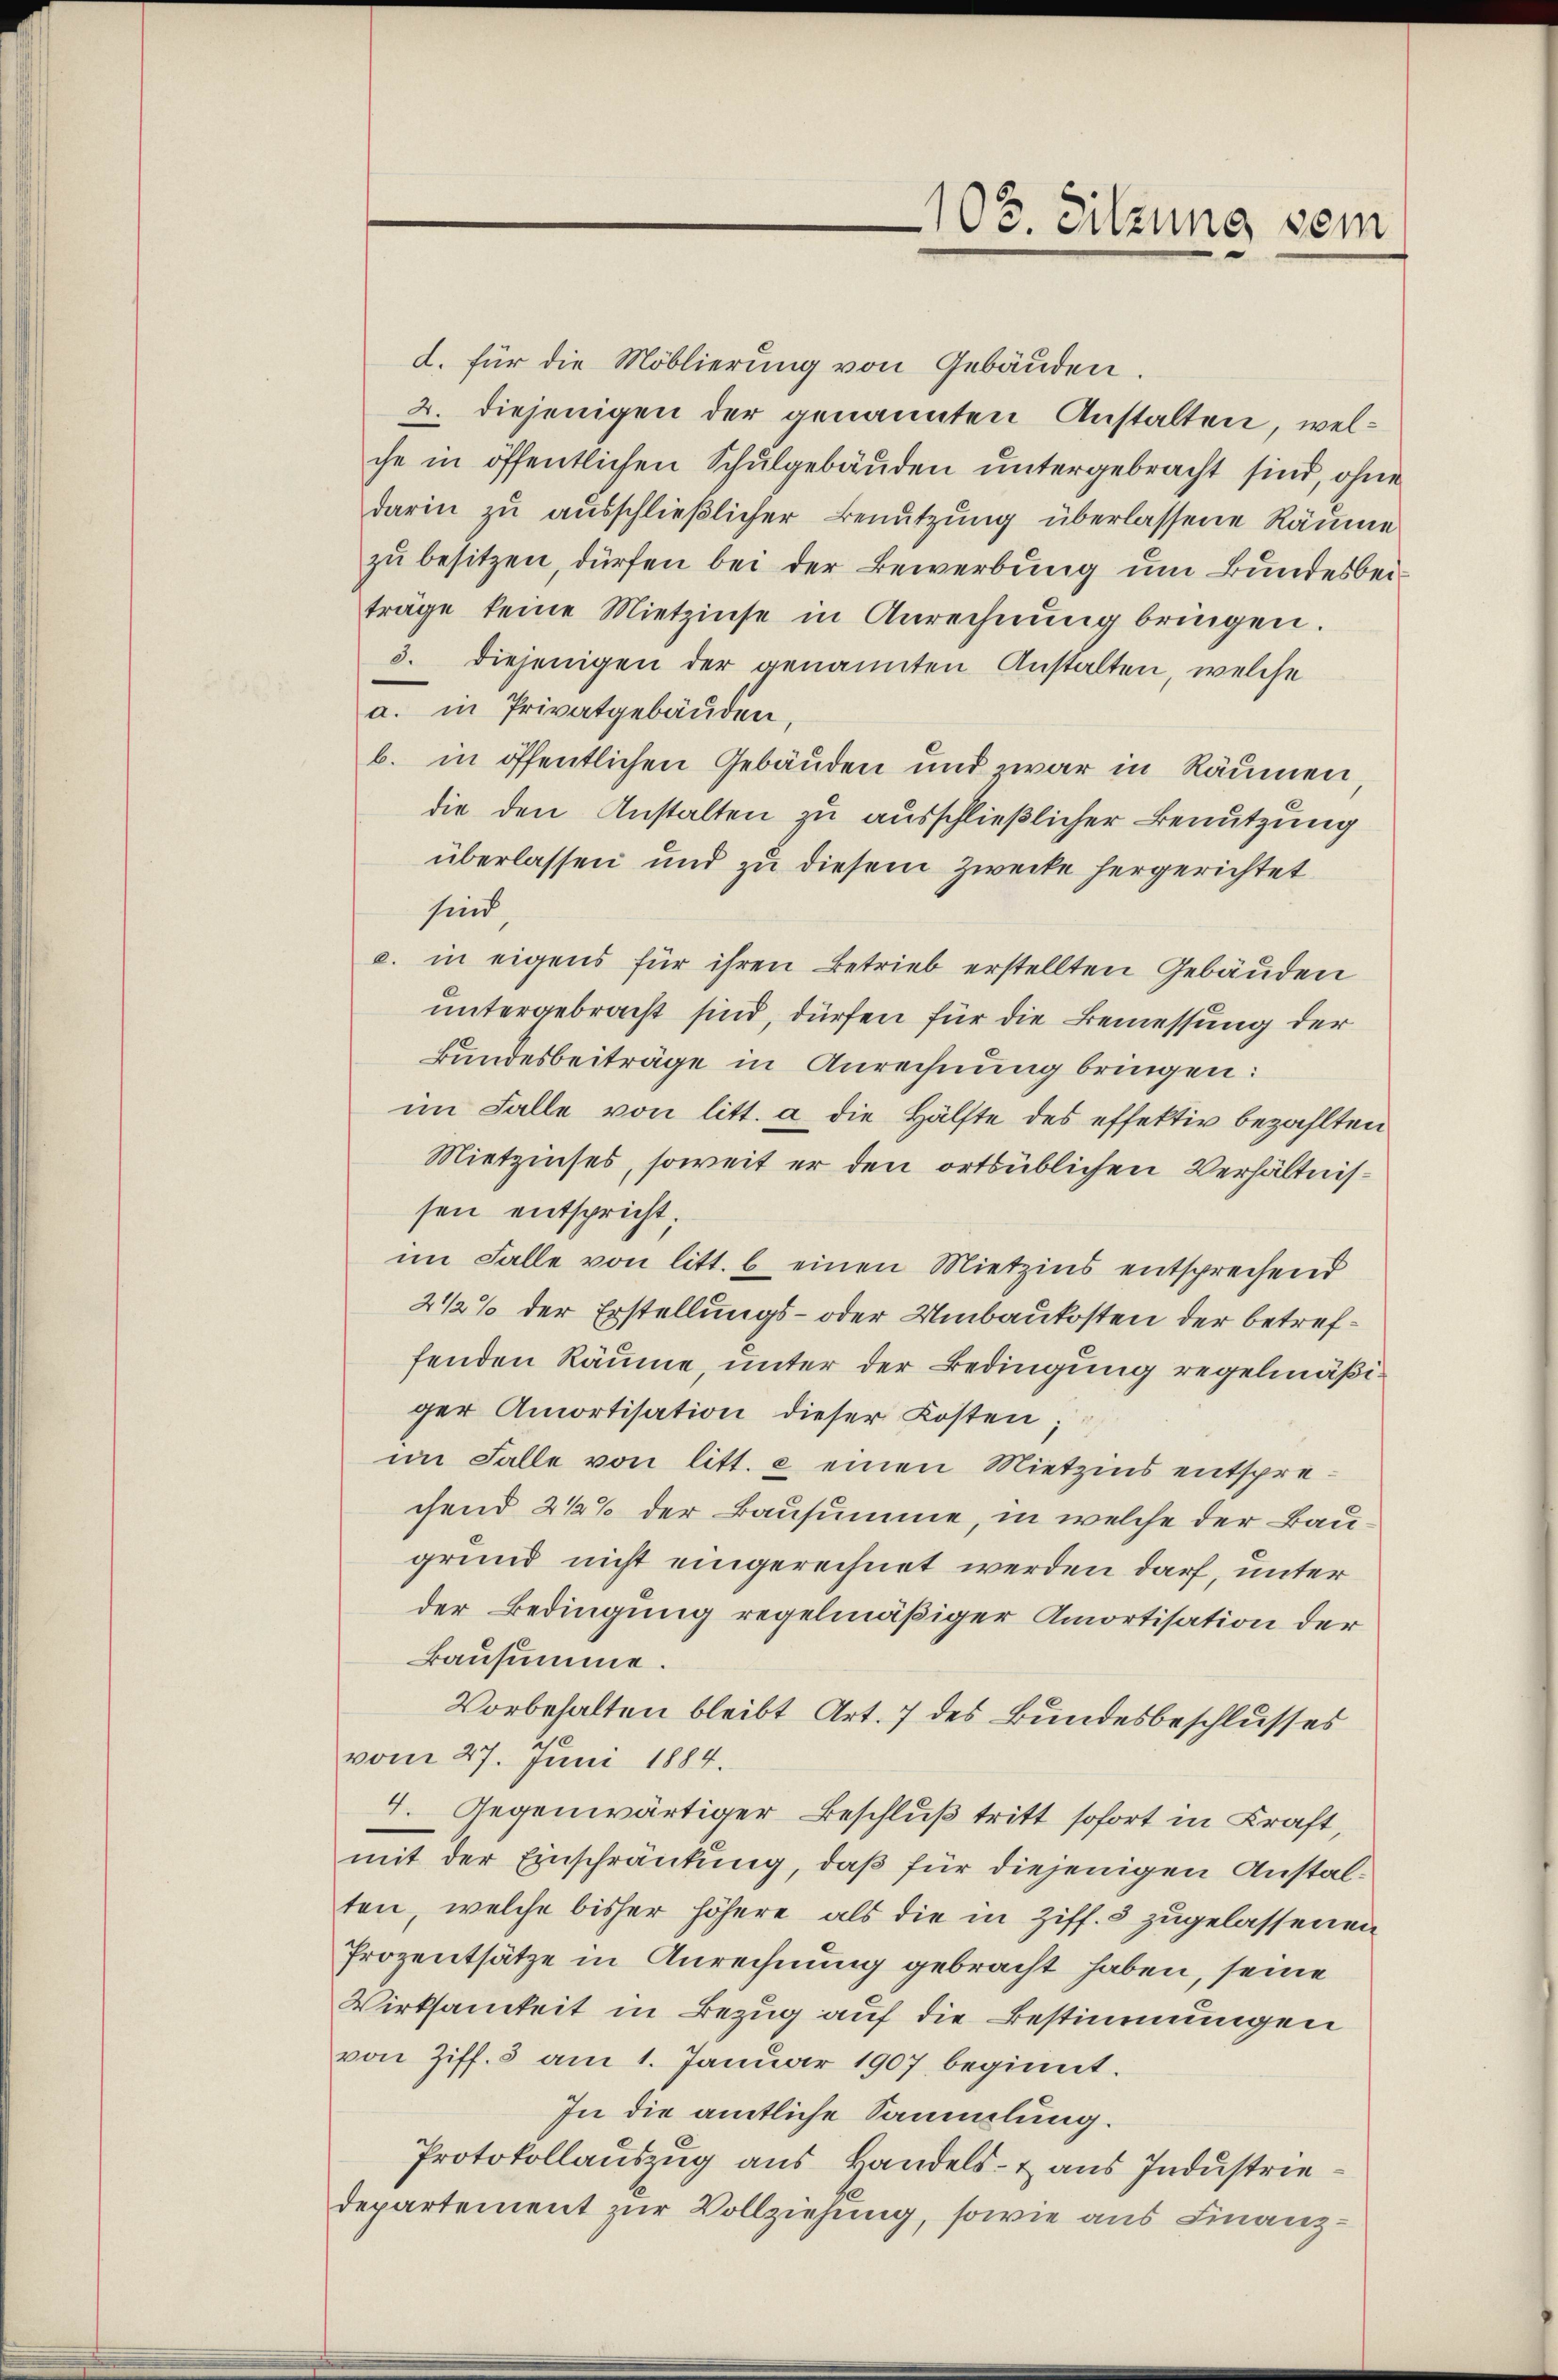
d. für die Moblierung von Gebäuden.
2. diejenigen der genannten Anstalten, welche in öffentlichen Schulgebäuden untergebracht sind, ohne
darin zu ausschließlicher Benutzung überlassene Räume
zu besitzen, dürfen bei der Bewerbung um Bundesbeiträge keine Mietzinse in Anrechnŭng bringen.
3. diejenigen der genannten Anstalten, welche
a. in Privatgebäuden,
b. in öffentlichen Gebäuden und zwar in Räumen
die den Anstalten zu ausschließlicher Benutzung
überlassen und zu diesem Zwecke hergerichtet
sind
c. in eigens für ihren Betrieb erstellten Gebäuden
untergebracht sind, dürfen für die Bemessung der
Bundesbeiträge in Anrechnung bringen:
im Falle von litt. a die Hälfte des effektiv bezahlten
Mietzinses, soweit er den ortsüblichen Verhältnissen entspricht.
im Falle von litt. b einen Mietzins entsprechend
2 1/2% der Erstellungs- oder Umbaukosten der betreffenden Räume, unter der Bedingung regelmäßiger Amortisation dieser Kosten;
im Falle von litt. c einen Mietzins entsprechend 2 1/2% der Bausumme, in welche der Bau-
grund nicht eingerechnet werden darf, unter
der Bedingung regelmäßiger Amortisation der
Bausumme.
Vorbehalten bleibt Art. 7 des Bundesbeschlusses
vom 27. Juni 1884.
7. Gegenwärtiger Beschluß tritt sofort in Kraft,
mit der Einschränkung, daß für diejenigen Anstalten, welche bisher höhere als die in Ziff. 3 zugelassenen
Prozentsätze in Anrechnung gebracht haben, seine
Wirksamkeit in Bezug auf die Bestimmungen
von Ziff. 5 am 1. Januar 1907 beginnt.
In die amtliche Sammlung.
Protokollauszug aus Handels- & aus Industriedepartement zur Vollziehung, sowie aus Finanz¬

103. Sitzung sein